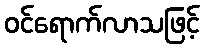
ဝင်ရောက်လာသဖြင့်